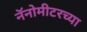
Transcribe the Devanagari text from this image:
नॅनोमीटरच्या